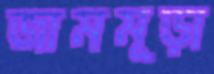
জামমূড়া